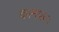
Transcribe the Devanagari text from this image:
कामप्रदः